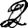
Digit: 2